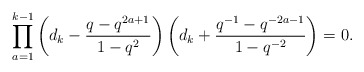
\begin{gather*} \prod_{a=1}^{k-1} \left(d_k-{q-q^{2a+1} \over 1-q^{2}}\right) \left(d_k+{q^{-1}-q^{-2a-1}\over 1-q^{-2}}\right)=0.\end{gather*}